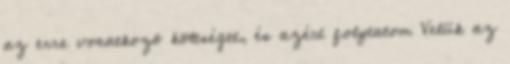
az erre vonatkozó költséget, és azért folytatom Velük az